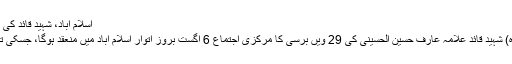
اسلام آباد، شہید قائد کی برسی کا مرکزی اجتماع 6 اگست کو ہوگا
شیعہ نیوز (پاکستانی شیعہ خبر رساں ادارہ) شہید قائد علامہ عارف حسین الحسینی کی 29 ویں برسی کا مرکزی اجتماع 6 اگست بروز اتوار اسلام آباد میں منعقد ہوگا، جسکی تیاریاں آخری مراحل میں داخل ہوچکی ہیں۔